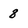
Character: 8